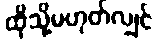
ထိုသို့မဟုတ်လျှင်